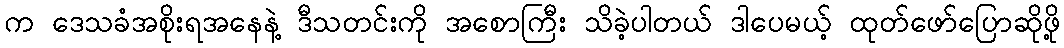
က ဒေသခံအစိုးရအနေနဲ့ ဒီသတင်းကို အစောကြီး သိခဲ့ပါတယ် ဒါပေမယ့် ထုတ်ဖော်ပြောဆိုဖို့